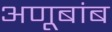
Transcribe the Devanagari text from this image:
अणूबांब